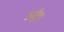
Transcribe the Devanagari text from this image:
अर्बुद।